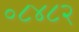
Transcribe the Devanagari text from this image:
०८४८२